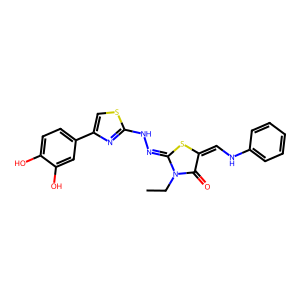
SMILES: CCN1C(=O)C(=CNc2ccccc2)SC1=NNc1nc(-c2ccc(O)c(O)c2)cs1
Inhibits HIV replication: No